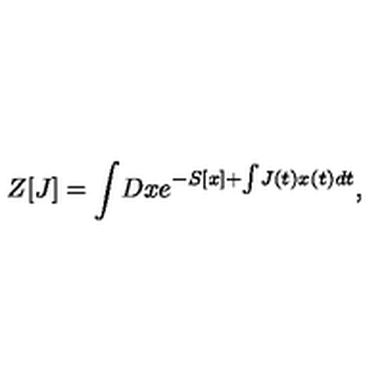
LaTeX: Z [ J ] = \int \! D x e ^ { - S [ x ] + \int \! J ( t ) x ( t ) d t } ,